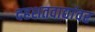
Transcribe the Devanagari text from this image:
दहशतवाद्यांवर